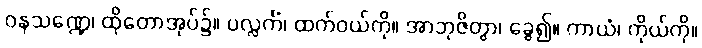
ဝနသဏ္ဍေ၊ ထိုတောအုပ်၌။ ပလ္လင်္ကံ၊ ထက်ဝယ်ကို။ အာဘုဇိတွာ၊ ခွေ၍။ ကာယံ၊ ကိုယ်ကို။